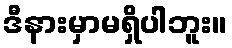
ဒီနားမှာမရှိပါဘူး။